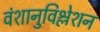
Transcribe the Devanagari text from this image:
वंशानुविश्लेशन